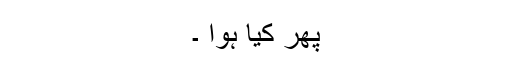
پھر کیا ہوا ۔